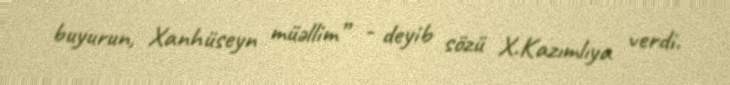
buyurun, Xanhüseyn müəllim” - deyib sözü X.Kazımlıya verdi.